Lunatic asylums Punjab 1881-1894 - 1881-1894
Year: 1881
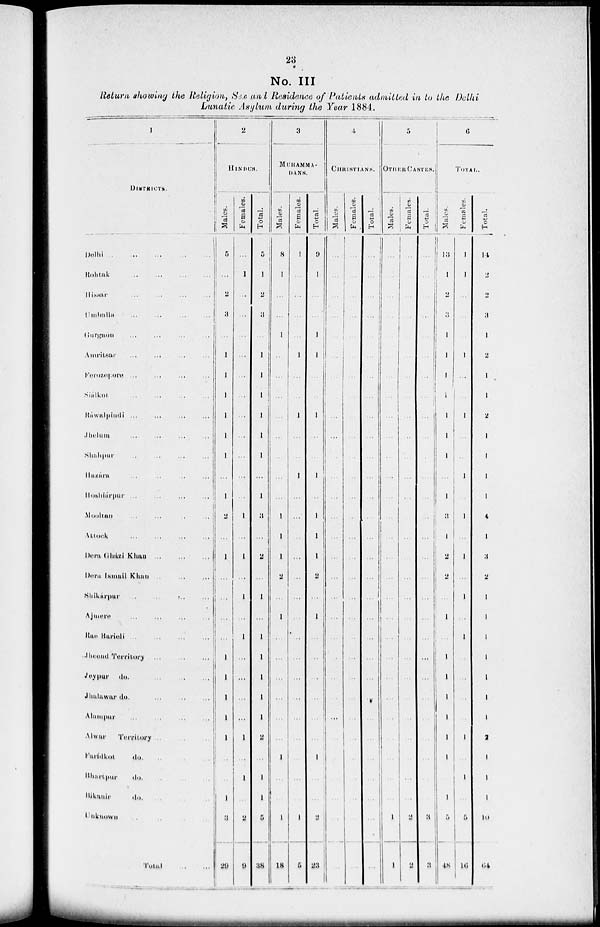
23
No. III
Return showing the Religion, Sex and Residence of Patients admitted in to the Delhi
Lunatic Asylum during the Year 1884.
1
DISTRICTS.
Delhi
...
...
...
...
...
Rohtak
...
...
...
...
Hissar ... ... ... ...
Umballa ... ... ... ...
Gurgaon ... ... ... ...
Amritsar
...
...
...
...
Ferozepore ... ... ... ...
Shálkot.
...
...
...
...
Rawalpindi
...
...
...
...
Jhelum ... ... ... ...
Shahpur
...
...
...
...
Hazára ... ... ... ...
Hoshiárpur
...
...
...
...
Mooltan ... ... ... ...
Attock
...
...
...
...
Dera
Gházi
Khan ... ... ...
Dera Ismail Khan ... ... ...
Shlkárpur
...
...
...
...
Ajmere
...
...
...
...
Rao Barieli
...
...
...
...
Jheend Territory
...
...
...
Joypur do.
...
...
...
Jhalawar do.
Alampur
...
...
...
...
AIwar
Territory
...
...
...
Farídkot
do. ... ... ...
Bhartpur
do.
...
...
...
Bikanir
do. ... ... ...
Unknown
...
...
...
...
Total
...
...
2
HINDUS.
Males.
5
...
2
3
...
1
1
1
1
1
1
...
1
2
...
1
...
...
...
...
1
1
1
1
1
...
...
1
3
29
Females.
...
1
...
...
...
...
...
...
...
...
...
...
...
1
...
1
...
1
...
1
...
...
...
...
1
...
1
...
2
9
Total.
5
1
2
3
...
1
1
1
1
1
1
...
1
3
...
2
...
1
...
1
1
1
1
1
2
...
1
1
6
38
3
MUHAMMA-
DANS.
Males.
8
1
...
...
1
...
...
...
...
...
...
...
1
1
1
2
...
1
...
...
...
...
...
...
1
...
...
1
18
Females.
1
...
...
...
...
1
...
...
1
...
...
1
...
...
...
...
...
...
...
...
...
...
...
...
...
...
...
...
1
5
Total.
9
1
...
...
1
1
...
...
1
...
...
1
...
1
1
1
2
...
1
...
...
...
...
...
...
1
...
...
2
23
4
CHRISTIANS.
Males.
...
...
...
...
...
...
...
...
...
...
...
...
...
...
...
...
...
...
...
...
...
...
...
...
...
...
...
...
...
Females.
...
...
...
...
...
...
...
...
...
...
...
...
...
...
...
...
...
...
...
...
...
...
...
...
...
...
...
...
...
...
Total.
...
...
...
...
...
...
...
...
...
...
...
...
...
...
...
...
...
...
...
...
...
...
...
...
...
...
...
...
...
...
5
OTHER CASTES.
Males.
...
...
...
...
...
...
...
...
...
...
...
...
...
...
...
...
...
...
...
...
...
...
....
...
...
...
...
...
1
1
Females.
...
...
...
...
...
...
...
...
...
...
...
...
...
...
...
...
...
...
...
...
...
...
...
...
...
...
...
...
2
2
Total.
...
...
...
...
...
...
...
...
...
...
...
...
...
...
...
...
...
...
...
...
...
...
...
...
...
...
...
...
3
3
6
TOTAL.
Males.
13
1
2
3
1
1
1
1
1
1
1
...
1
3
1
2
2
...
1
...
1
1
1
1
1
1
...
1
5
48
Females.
1
1
...
...
...
1
...
...
1
...
...
1
...
1
...
1
...
1
...
1
...
...
...
...
1
...
1
...
5
16
Total.
11
2
2
3
1
2
1
1
2
1
1
1
1
4
1
3
2
1
1
1
1
1
1
1
2
1
1
1
10
64